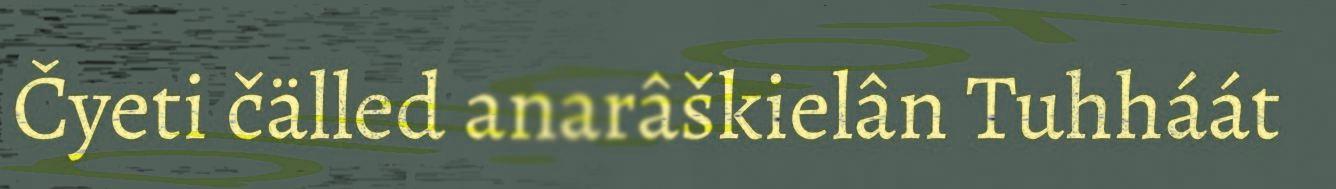
Čyeti čälled anarâškielân Tuhháát